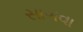
સાગવા